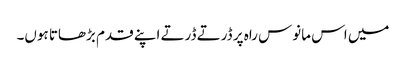
میں اس مانوس راہ پر ڈرتے ڈرتے اپنے قدم بڑھاتا ہوں۔